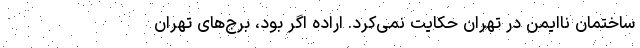
ساختمان ناایمن در تهران حکایت نمی‌کرد. اراده‌ اگر بود، برج‌های تهران